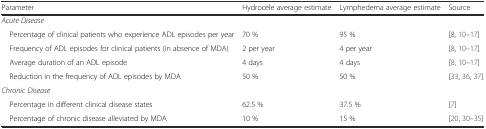
<table><thead><tr><td><b>Parameter</b></td><td><b>Hydrocele average estimate</b></td><td><b>Lymphedema average estimate</b></td><td><b>Source</b></td></tr></thead><tbody><tr><td colspan="4"><i>Acute Disease</i></td></tr><tr><td> Percentage of clinical patients who experience ADL episodes per year</td><td>70 %</td><td>95 %</td><td>[8, 10–17]</td></tr><tr><td> Frequency of ADL episodes for clinical patients (in absence of MDA)</td><td>2 per year</td><td>4 per year</td><td>[8, 10–17]</td></tr><tr><td> Average duration of an ADL episode</td><td>4 days</td><td>4 days</td><td>[8, 10–17]</td></tr><tr><td> Reduction in the frequency of ADL episodes by MDA</td><td>50 %</td><td>50 %</td><td>[33, 36, 37]</td></tr><tr><td colspan="4"><i>Chronic Disease</i></td></tr><tr><td> Percentage in different clinical disease states</td><td>62.5 %</td><td>37.5 %</td><td>[7]</td></tr><tr><td> Percentage of chronic disease alleviated by MDA</td><td>10 %</td><td>15 %</td><td>[20, 30–35]</td></tr></tbody></table>